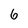
Character: 6